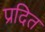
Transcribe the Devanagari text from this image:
प्रदित